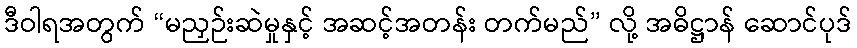
ဒီဝါရအတွက် “မညှဉ်းဆဲမှုနှင့် အဆင့်အတန်း တက်မည်” လို့ အဓိဋ္ဌာန် ဆောင်ပုဒ်